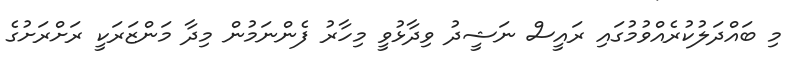
މި ބައްދަލުކުރެއްވުމުގައި ރައީސް ނަޝީދު ވިދާޅުވީ މިހާރު ފެންނަމުން މިދާ މަންޒަރަކީ ރަށްރަށުގެ